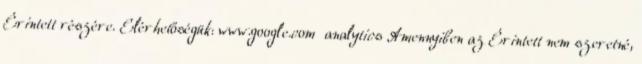
Érintett részére. Elérhetőségük: www.google.com analytics Amennyiben az Érintett nem szeretné,